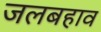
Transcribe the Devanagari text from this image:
जलबहाव